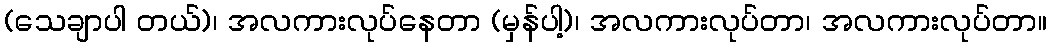
(သေချာပါ တယ်)၊ အလကားလုပ်နေတာ (မှန်ပါ့)၊ အလကားလုပ်တာ၊ အလကားလုပ်တာ။